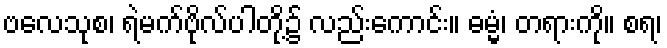
ဗလေသုစ၊ ရဲမက်ဗိုလ်ပါတို့၌ လည်းကောင်း။ ဓမ္မံ၊ တရားကို။ စရ၊